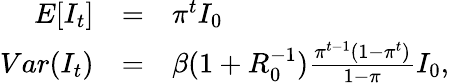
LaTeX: \begin{array}{rcl}{E[I_{t}]}&{=}&{\pi^{t}I_{0}}\\ {Var(I_{t})}&{=}&{\beta(1+R_{0}^{-1})\frac{\pi^{t-1}(1-\pi^{t})}{1-\pi}I_{0},}\end{array}